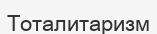
Тоталитаризм